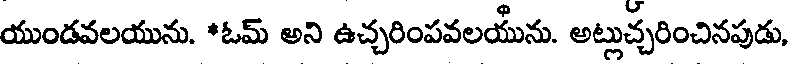
యుండవలయును. *ఓమ్ అని ఉచ్చరింపవలయేను. అట్లుచ్చరించినపుడు,